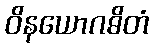
ဝိနယောဂဓိတံ